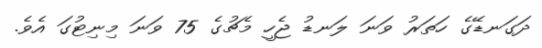
ދަގަނޑޭގެ ހަތަރު ވަނަ ލަނޑު ޖެހީ މެޗުގެ 75 ވަނަ މިނިޓުގަ އެވެ.